Lunatic asylums Punjab 1868-1880 - 1868-1880
Year: 1868
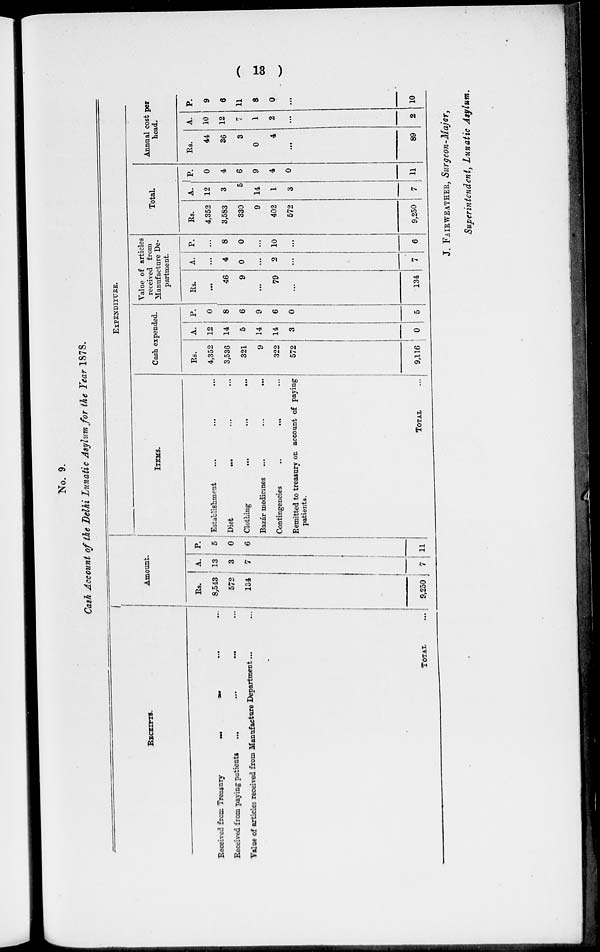
( 13 )
No. 9.
Cash Account of the Delhi Lunatic Asylum for the Year 1878.
RECEIPTS.
Received from Treasury
...
...
...
...
Received from paying patients
...
...
...
...
Value of articles received from Manufacture Department... ...
TOTAL
Amount.
Rs.
8,543
572
134
9,250
A.
13
3
7
7
P.
5
0
6
11
EXPENDITURE.
ITEMS.
Establishment ... ... ...
Diet
...
...
...
Clothing
...
...
...
Bazar medicines
...
...
...
Contingencies
...
...
...
Remitted to treasury on account of paying
patients.
TOTAL
Cash expended.
Rs.
4,352
3,536
321
9
322
572
9,116
A.
12
14
5
14
14
3
0
P.
0
8
6
9
6
0
5
Value of articles
received from
Manufacture De-
partment.
Rs.
...
46
9
...
79
...
134
A.
...
4
0
...
2
...
7
P.
...
8
0
...
10
...
6
Total.
Rs.
4.352
3,583
330
9
402
572
9,250
A.
12
3
5
14
1
3
7
P.
0
4
6
9
4
0
11
Annual cost per
head.
Rs.
44
36
3
0
4
...
89
A.
10
12
7
1
2
...
2
P.
9
6
11
8
0
...
10
J. FAIRWEATHER, Surgeon-Major,
Superintendent, Lunatic Asylum.